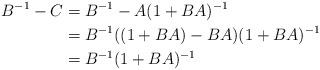
LaTeX: \begin{align*} B^{-1}-C & = B^{-1}-A(1+BA)^{-1} \\ & = B^{-1}((1+BA)-BA)(1+BA)^{-1}\\ & = B^{-1}(1+BA)^{-1}\end{align*}